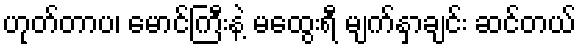
ဟုတ်တာပ၊ မောင်ကြီးနဲ့ မထွေးရီ မျက်နှာချင်း ဆင်တယ်